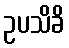
ဥပသိခိ